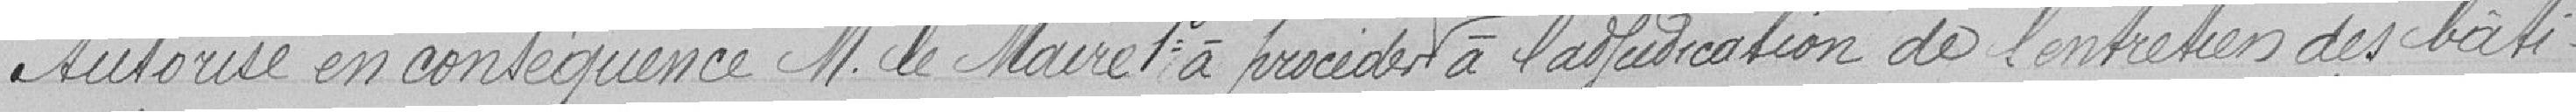
Autorise en conséquence M. le Maire 1° à procéder pour 3 années consécutives à l'adjudication de l'entretien des bâti-